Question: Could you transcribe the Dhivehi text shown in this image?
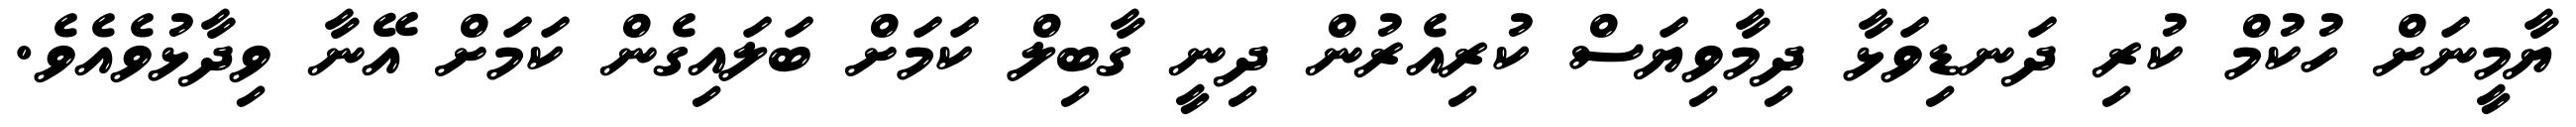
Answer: ޔާމީނަށް ހުކުމް ކުރި ދަނޑިވަޅާ ދިމާވިޔަސް ކުރިއެރުން ދިނީ ގާބިލް ކަމަށް ބަލައިގެން ކަމަށް އޭނާ ވިދާޅުވެއެވެ.